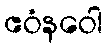
ဧဝံနဝေါ